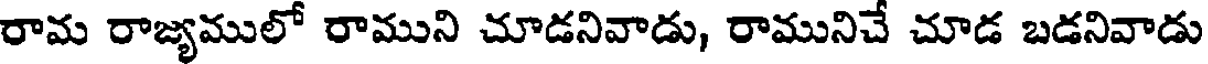
రామ రాజ్యములో రాముని చూడనివాడు, రామునిచే చూడ బడనివాడు